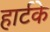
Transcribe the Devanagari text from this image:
हार्टके